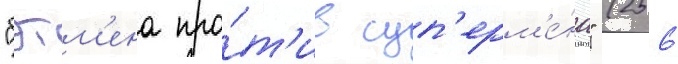
"бэтм'ена про́т'ив суп'ерм'е́на" (256